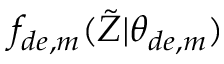
f _ { d e , m } ( \tilde { Z } | \theta _ { d e , m } )